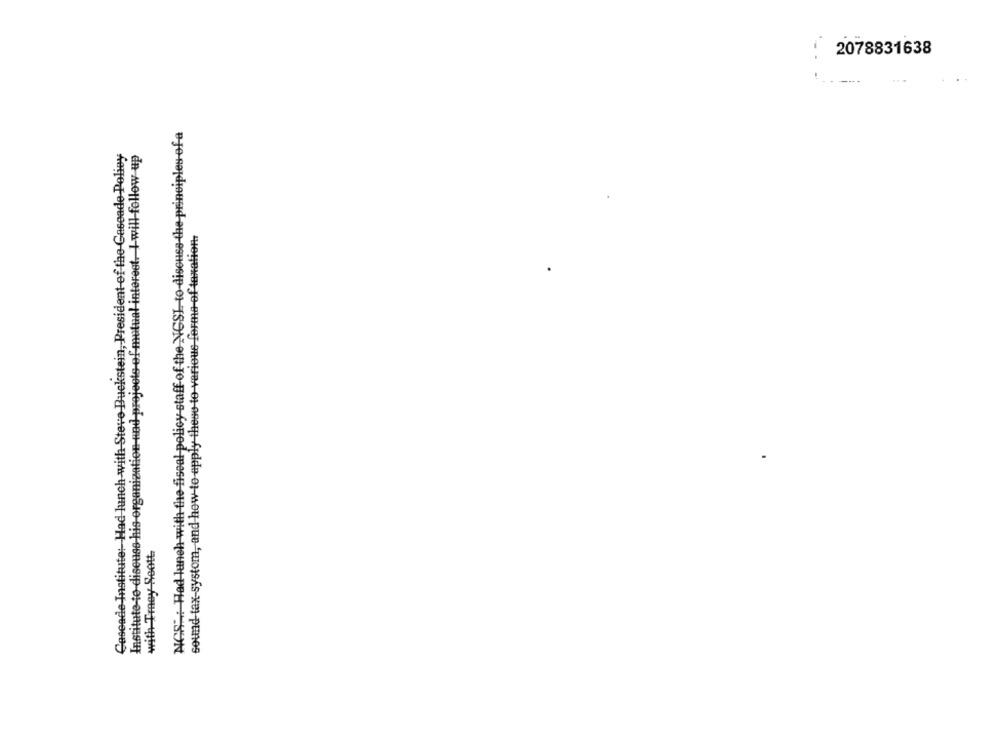
2078831638
NIGS": Had lunch with the fiscal policy staff of the NGSI to-discuss the principles of a
Cascade Institute: Had lunch-with Steve Buekstein, President of the Caseade Policy
Institute-to discuss his organization-nad projects of mutual interest. I will follow up
sound tax-systom, and how to apply theso-to-various forme of taxation
with Traey Seett